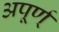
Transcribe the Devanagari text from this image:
अपूर्ण्‌